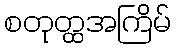
စတုတ္ထအကြိမ်